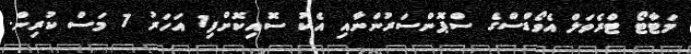
މަޓާޓޯ ޓްރެވަލް އެވޯޑްސްގެ ސްޕޮންސަރުންނާއި އެކު ސޮއިކޮށްފި1 އަހަރު 7 މަސް ކުރިން.